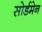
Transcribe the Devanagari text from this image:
सोर्डमेन